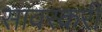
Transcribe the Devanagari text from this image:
सावरकरी